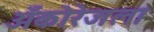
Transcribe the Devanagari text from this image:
अँकोरेजला